Document type: Confirmation
Year: 1374
Scribe: Ramon Camat
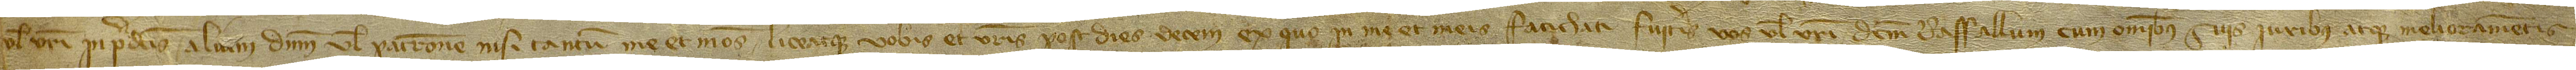
vel vestri in predictis alium dominum vel patronem nisi tantum me et meos. Liceatque vobis et vestris post dies decem ex quo in me et meis fatichati fueritis, vos vel vestri dictum raffallum cum omnibus suis iuribus atque melioramentis